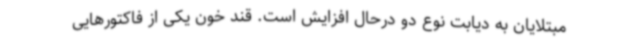
مبتلایان به دیابت نوع دو درحال افزایش است. قند خون یکی از فاکتورهایی